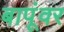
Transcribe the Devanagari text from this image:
बापूंवर